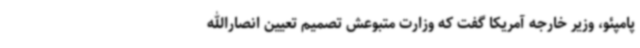
پامپئو، وزیر خارجه آمریکا گفت که وزارت متبوعش تصمیم تعیین انصارالله